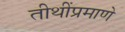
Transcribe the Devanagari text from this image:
तीथींप्रमाणे